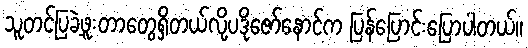
သူတင်ပြခဲ့ဖူးတာတွေရှိတယ်လို့ပဒိုဇော်နောင်က ပြန်ပြောင်းပြောပါတယ်။